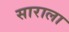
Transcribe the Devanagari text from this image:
साराला